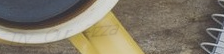
Try Our Pizza